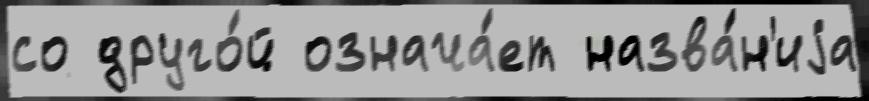
со друго́й означа́ет назва́н'иjа